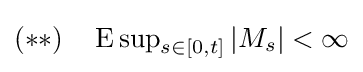
\textstyle (**)\quad \operatorname {E} \sup _{s\in [0,t]}|M_{s}|<\infty